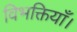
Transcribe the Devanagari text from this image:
विभक्तियाँ।